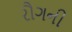
રૌગની